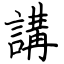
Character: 講